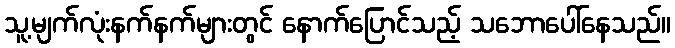
သူ့မျက်လုံးနက်နက်များတွင် နောက်ပြောင်သည့် သဘောပေါ်နေသည်။